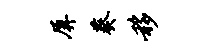
屏葵移